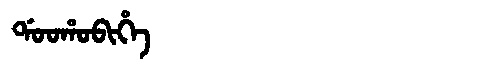
Manchu: ᡩᠣᠣᡥᠣᠪᡳᡥᡝ
Romanization: DOOHOBIHE